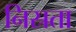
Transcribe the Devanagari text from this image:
निस्रता